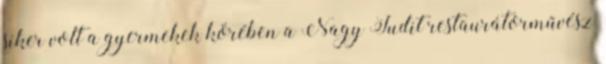
siker volt a gyermekek körében a Nagy Judit restaurátorművész